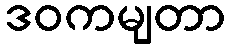
ဒဝကမျတာ